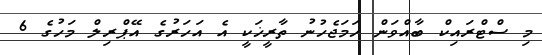
މި ސްޓްރައިކް ބާއްވަން ހަމަޖެހުނު ތާރީޚަކީ އެ އަހަރުގެ އޭޕްރިލް މަހުގެ 6